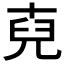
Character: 𮰏